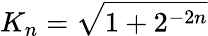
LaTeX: K_{n}={\sqrt{1+2^{-2n}}}